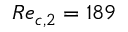
R e _ { c , 2 } = 1 8 9